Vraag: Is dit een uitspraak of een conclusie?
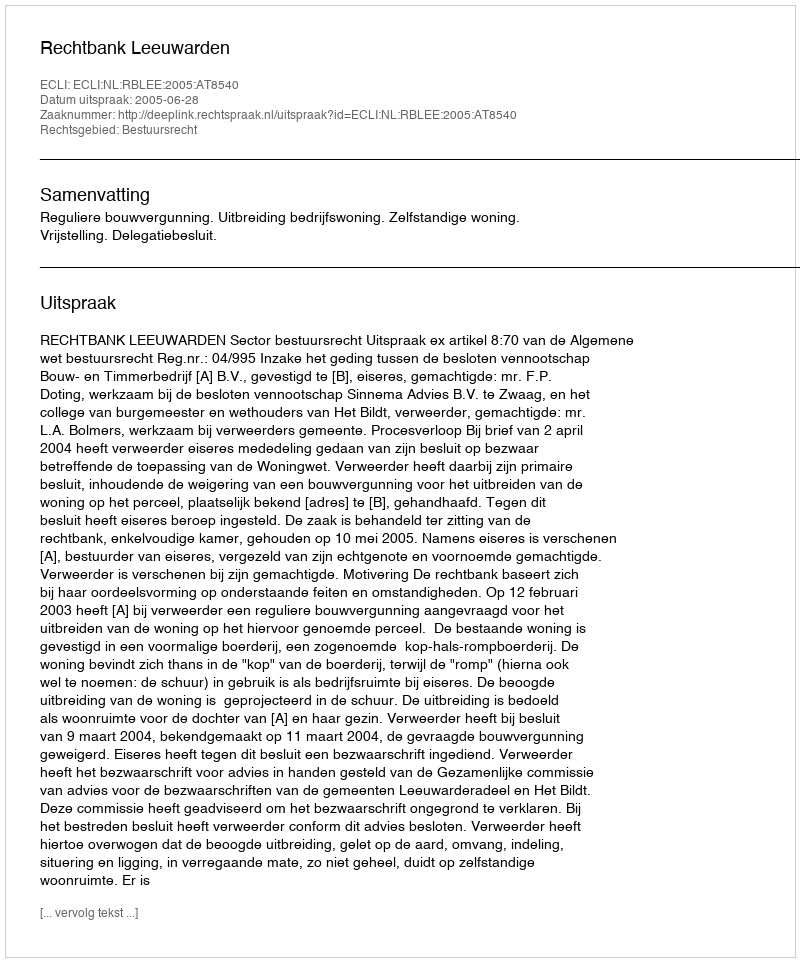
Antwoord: Uitspraak